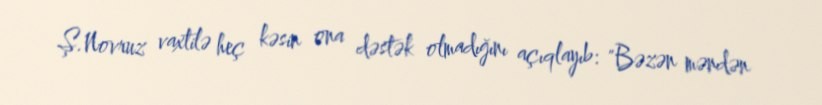
Ş.Novruz vaxtilə heç kəsin ona dəstək olmadığını açıqlayıb: "Bəzən məndən